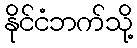
နိုင်ငံဘက်သို့